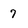
Character: 7